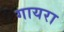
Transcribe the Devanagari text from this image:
गायरा